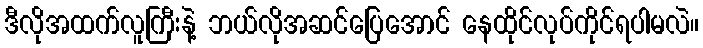
ဒီလိုအထက်လူကြီးနဲ့ ဘယ်လိုအဆင်ပြေအောင် နေထိုင်လုပ်ကိုင်ရပါမလဲ။